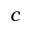
c